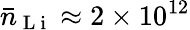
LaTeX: \bar{n}_{\mathrm{~L~i~}}\approx 2\times 10^{12}